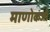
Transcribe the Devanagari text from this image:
माणोकजी